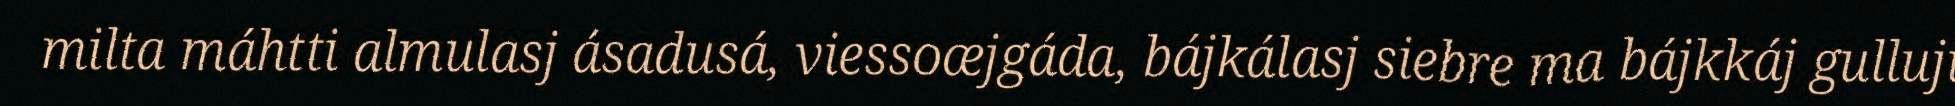
milta máhtti almulasj ásadusá, viessoæjgáda, bájkálasj siebre ma bájkkáj gulluji